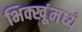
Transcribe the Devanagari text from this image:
भिक्खूंमध्ये